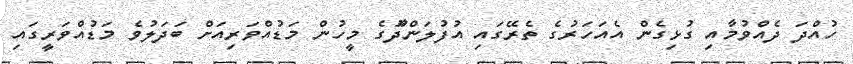
ހުއްދަ ދެއްވުމާއި ގުޅިގެން އެއަހަރުގެ ތެރޭގައި އުފުލަންދާޫގެ މީހުން މަޑުއްވަރިއަށް ބަދަލުވެ މަޑުއްވަރީގައި